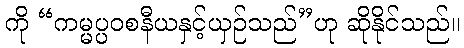
ကို “ကမ္မပ္ပဝစနီယနှင့်ယှဉ်သည်”ဟု ဆိုနိုင်သည်။